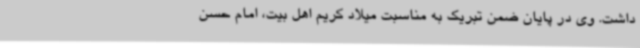
داشت. وی در پایان ضمن تبریک به مناسبت میلاد کریم اهل بیت، امام حسن